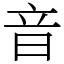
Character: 音